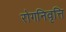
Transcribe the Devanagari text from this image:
रोगनिवृत्ति